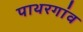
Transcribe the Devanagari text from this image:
पाथरगांव